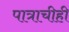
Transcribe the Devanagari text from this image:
पात्राचीही